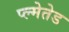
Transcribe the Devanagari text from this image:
प्ल्मेतेड